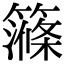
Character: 𥴽